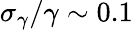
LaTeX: \sigma_{\gamma}/\gamma\sim 0.1\